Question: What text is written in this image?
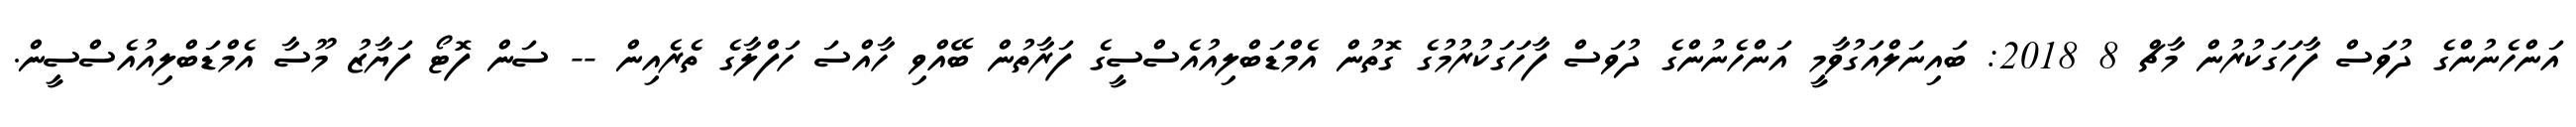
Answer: އަންހެނުންގެ ދުވަސް ފާހަގަކުރުން މާޗް 8 2018: ބައިނަލްއަގުވާމީ އަންހެނުންގެ ދުވަސް ފާހަގަކުރުމުގެ ގޮތުން އެމްޑަބްލިއުއެސްސީގެ ފަރާތުން ބޭއްވި ހާއްސަ ހަފްލާގެ ތެރެއިން -- ސަން ފޮޓޯ ފަޔާޒު މޫސާ އެމްޑަބްލިއުއެސްސީން.